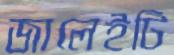
জালেইটি